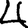
Digit: 4